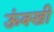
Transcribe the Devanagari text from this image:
ऊंक्खी